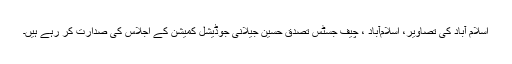
اسلام آباد کی تصاویر، اسلام‌آباد ، چیف جسٹس تصدق حسین جیلانی جوڈیشل کمیشن کے اجلاس کی صدارت کر رہے ہیں۔